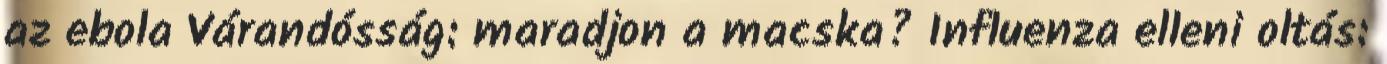
az ebola Várandósság: maradjon a macska? Influenza elleni oltás: